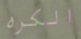
الكره